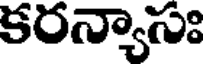
కరన్యాసః